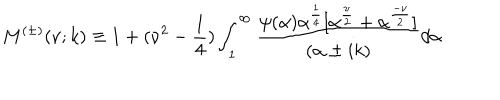
M ^ { ( \pm ) } ( \nu ; k ) \equiv 1 + ( \nu ^ { 2 } - \frac { 1 } { 4 } ) \int _ { 1 } ^ { \infty } \frac { \psi ( \alpha ) \alpha ^ { \frac { 1 } { 4 } } [ \alpha ^ { \frac { \nu } { 2 } } + \alpha ^ { \frac { - \nu } { 2 } } ] } { ( \alpha \pm i k ) } d \alpha